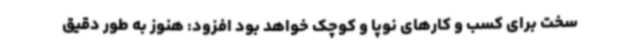
سخت برای کسب و کارهای نوپا و کوچک خواهد بود افزود: هنوز به طور دقیق